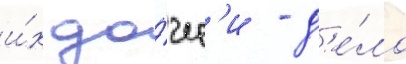
и́х до́чер'и - д'е́ло